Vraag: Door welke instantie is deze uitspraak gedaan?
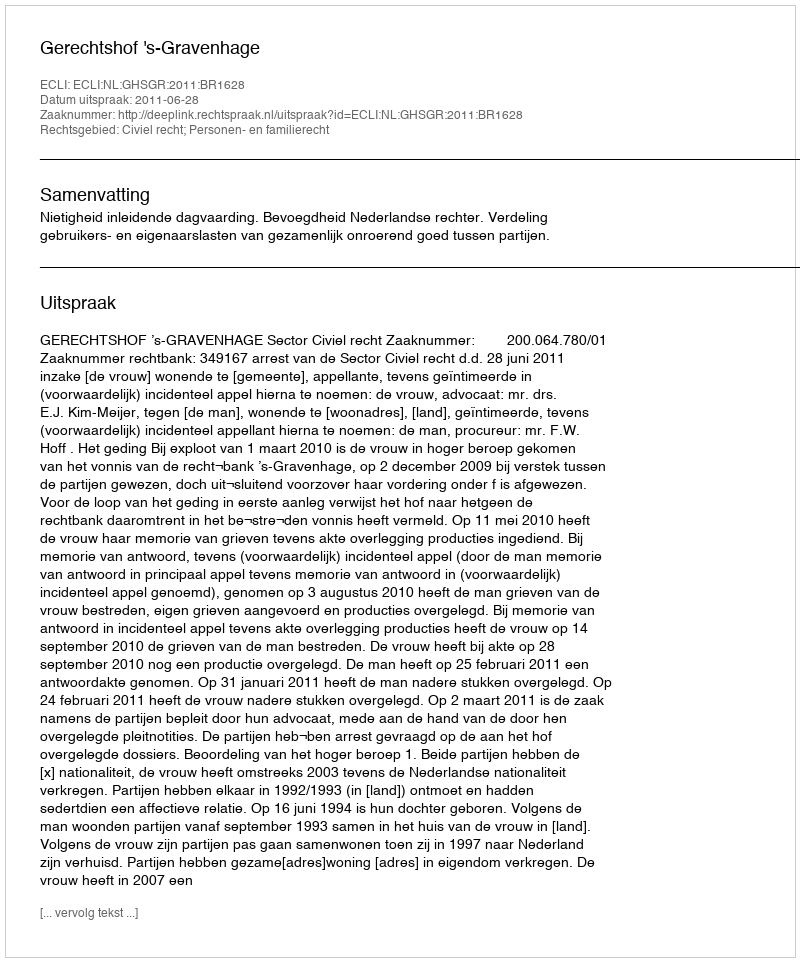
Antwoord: Gerechtshof 's-Gravenhage